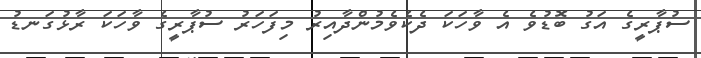
ސުޕާރީގެ އަގު ބޮޑުވެ އެ ވާހަކަ ދެކެވެމުންދާއިރު މިފަހަރު ސުޕާރީގެ ވާހަކަ ރާޅުގަނޑު